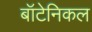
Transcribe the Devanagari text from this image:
बॉटेनिकल